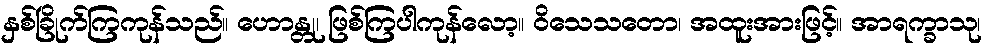
နှစ်ခြိုက်ကြကုန်သည်။ ဟောန္တု၊ ဖြစ်ကြပါကုန်လော့။ ဝိသေသတော၊ အထူးအားဖြင့်။ အာရက္ခာသု၊